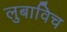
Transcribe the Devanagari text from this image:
लुबाविच